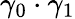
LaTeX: \gamma_{0}\cdot\gamma_{1}